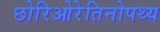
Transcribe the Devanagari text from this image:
छोरिओरेतिनोपथ्य